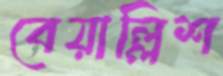
বেয়াল্লিশ